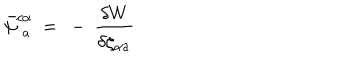
LaTeX: \bar { \psi } _ { \phantom { c } a } ^ { c \alpha } \ = \ - \ \frac { \delta W } { \delta \zeta _ { \alpha a } ^ { \phantom { \rho } } }